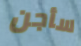
سأجن